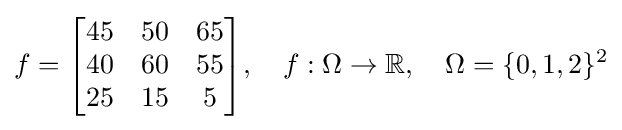
f={\begin{bmatrix}45&50&65\\40&60&55\\25&15&5\end{bmatrix}},\quad f:\Omega \rightarrow \mathbb {R} ,\quad \Omega =\{0,1,2\}^{2}